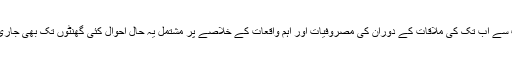
پچھلی ملاقات سے اب تک کی ملاقات کے دوران کی مصروفیات اور اہم واقعات کے خلاصے پر مشتمل یہ حال احوال کئی گھنٹوں تک بھی جاری رہ سکتاہے۔